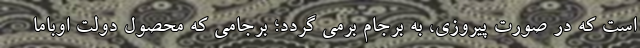
است که در صورت پیروزی، به برجام برمی گردد؛ برجامی که محصول دولت اوباما